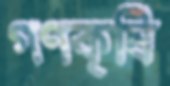
গণকৃষি